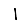
Digit: 1